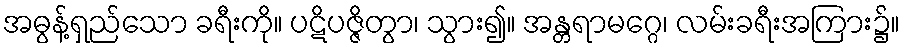
အဓွန့်ရှည်သော ခရီးကို။ ပဋိပဇ္ဇိတွာ၊ သွား၍။ အန္တရာမဂ္ဂေ၊ လမ်းခရီးအကြား၌။